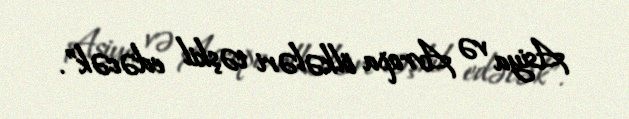
Asiya və Avropa ölkələri təşkil edəcək”.